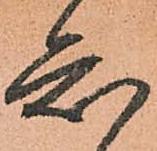
知